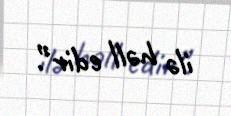
ilə həll edir”.